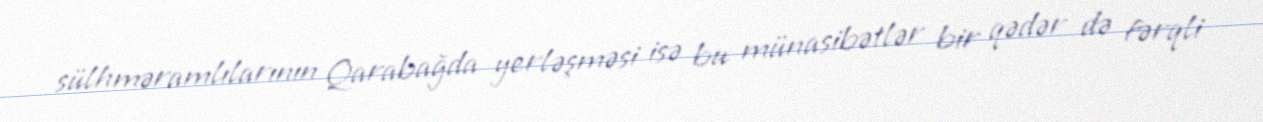
sülhməramlılarının Qarabağda yerləşməsi isə bu münasibətlər bir qədər də fərqli